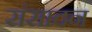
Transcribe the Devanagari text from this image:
संसादन